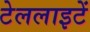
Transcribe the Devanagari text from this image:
टेललाइटें